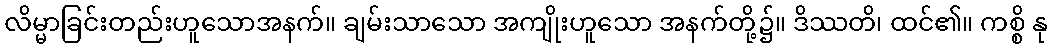
လိမ္မာခြင်းတည်းဟူသောအနက်။ ချမ်းသာသော အကျိုးဟူသော အနက်တို့၌။ ဒိဿတိ၊ ထင်၏။ ကစ္စိ နု